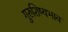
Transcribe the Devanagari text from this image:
गुरुशिष्यभाव